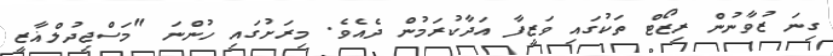
ގިނަ ޒުވާނުން ރިޒޯޓް ތަކުގައި ވަޒީފާ އަދާކުރަމުން ދެއެވެ. މިރަށުގައި ހުންނަ "މަސްޖިދުލްޣާޒީ